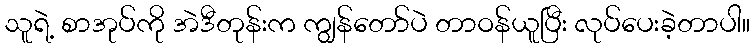
သူရဲ့ စာအုပ်ကို အဲဒီတုန်းက ကျွန်တော်ပဲ တာဝန်ယူပြီး လုပ်ပေးခဲ့တာပါ။